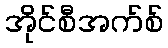
အိုင်စီအက်စ်